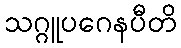
သဂ္ဂူပဂေနပီတိ